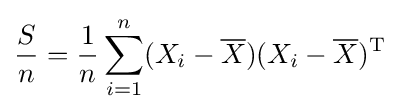
{S \over n}={1 \over n}\sum _{i=1}^{n}(X_{i}-{\overline {X}})(X_{i}-{\overline {X}})^{\mathrm {T} }